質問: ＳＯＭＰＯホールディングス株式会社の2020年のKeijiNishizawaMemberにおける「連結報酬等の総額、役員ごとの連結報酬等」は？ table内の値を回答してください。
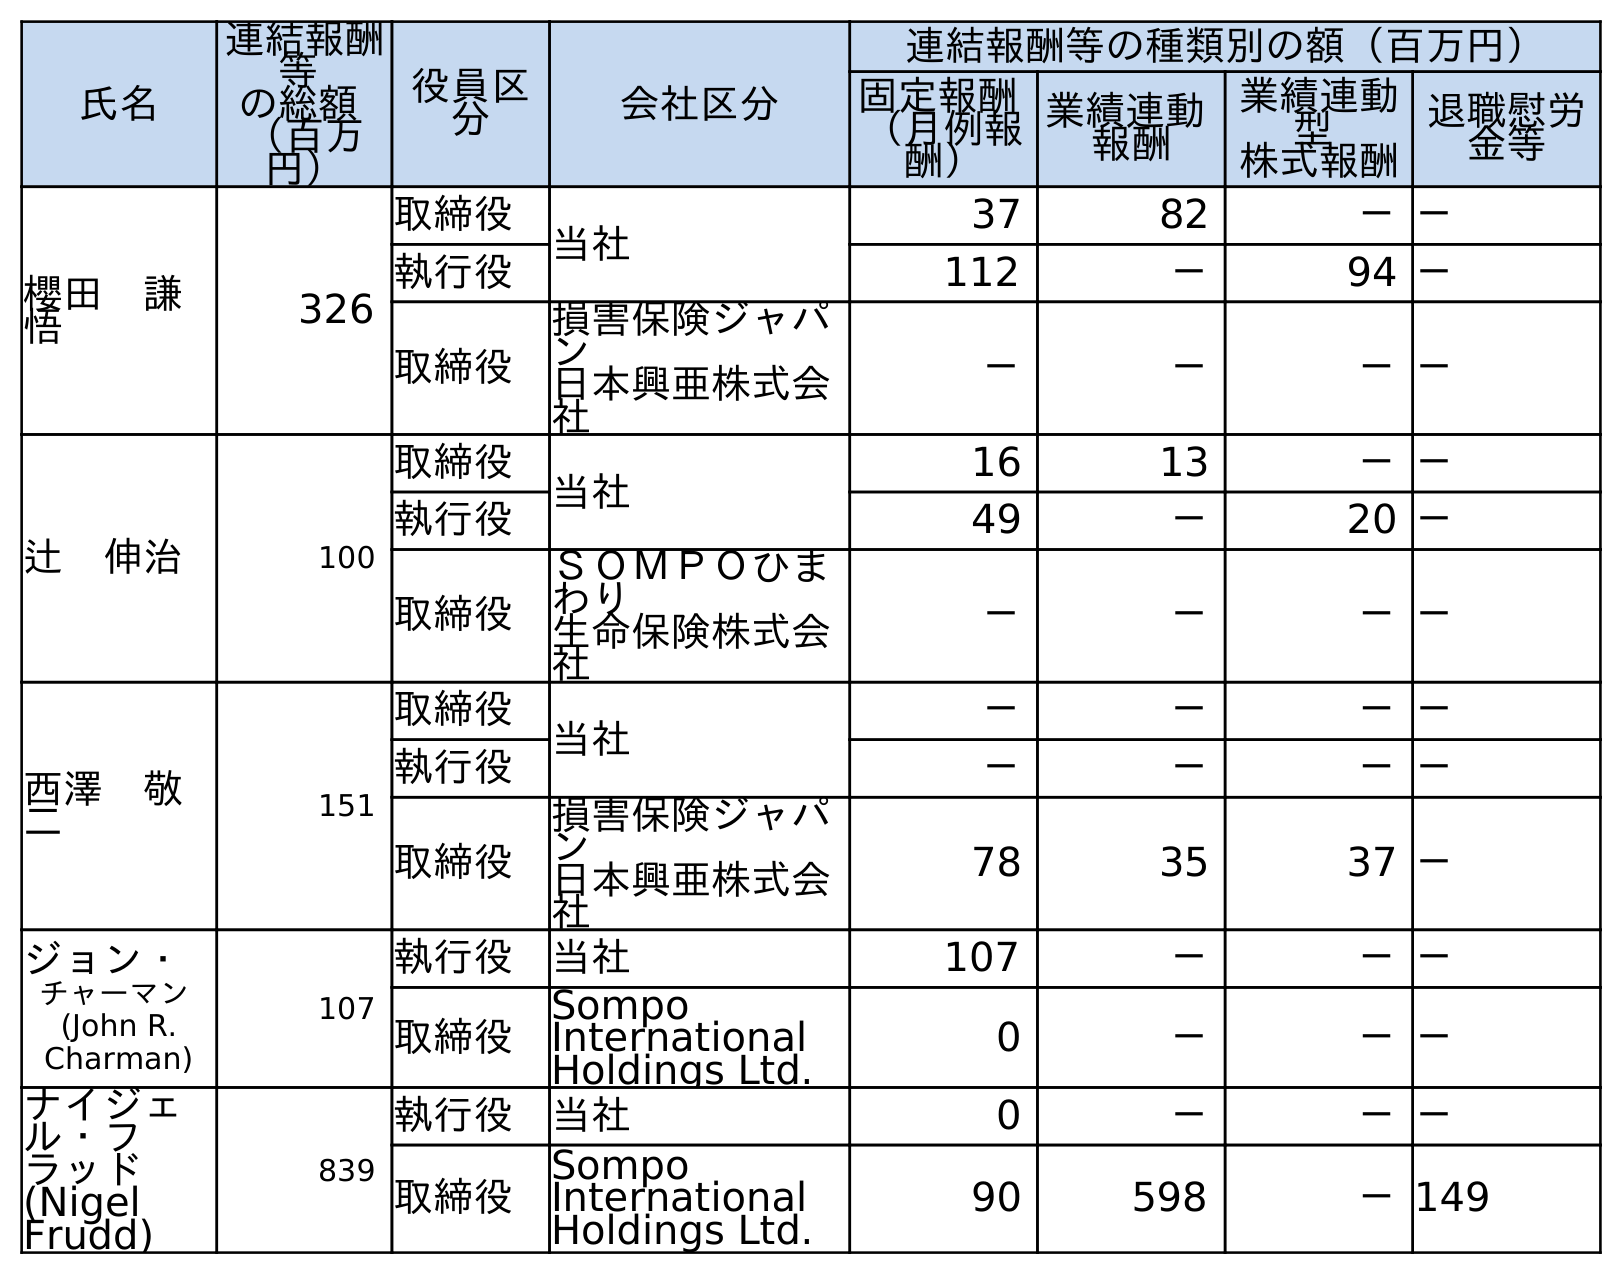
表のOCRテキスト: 氏名 連結報酬 等 の総額 （百万 円） 役員区 分 会社区分 連結報酬等の種類別の額（百万円） 固定報酬 （月例報 酬） 業績連動 報酬 業績連動 型 株式報酬 退職慰労 金等 櫻田 謙 悟 326 取締役 当社 37 82 －－ 執行役 112 － 94 － 取締役 損害保険ジャパ ン 日本興亜株式会 社 － － －－ 辻 伸治 100 取締役 当社 16 13 －－ 執行役 49 － 20 － 取締役 ＳＯＭＰＯひま わり 生命保険株式会 社 － － －－ 西澤 敬 二 151 取締役 当社 － － －－ 執行役 － － －－ 取締役 損害保険ジャパ ン 日本興亜株式会 社 78 35 37 － ジョン・ チャーマン (John R. Charman) 107 執行役 当社 107 － －－ 取締役 Sompo International Holdings Ltd. 0 － －－ ナイジェ ル・フ ラッド (Nigel Frudd) 839 執行役 当社 0 － －－ 取締役 Sompo International Holdings Ltd. 90 598 －149
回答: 151